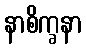
နာစိက္ခနာ